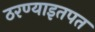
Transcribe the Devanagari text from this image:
ठरण्याइतपत